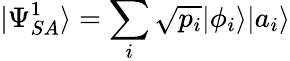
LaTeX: |\Psi_{SA}^{1}\rangle=\sum_{i}{\sqrt{p_{i}}}|\phi_{i}\rangle|a_{i}\rangle